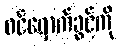
ဝင်ရောက်ခွင့်ကို